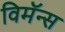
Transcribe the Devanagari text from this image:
विमॅन्स